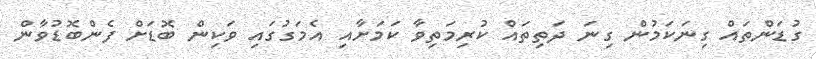
ގުޑަންތައް ގިނަކަމުން ގިނަ ދަތިތައް ކުރިމަތިވާ ކަމަށާއި އެމަގުގައި ވަކިން ބޮޑަށް ފެންބޮޑުވާން